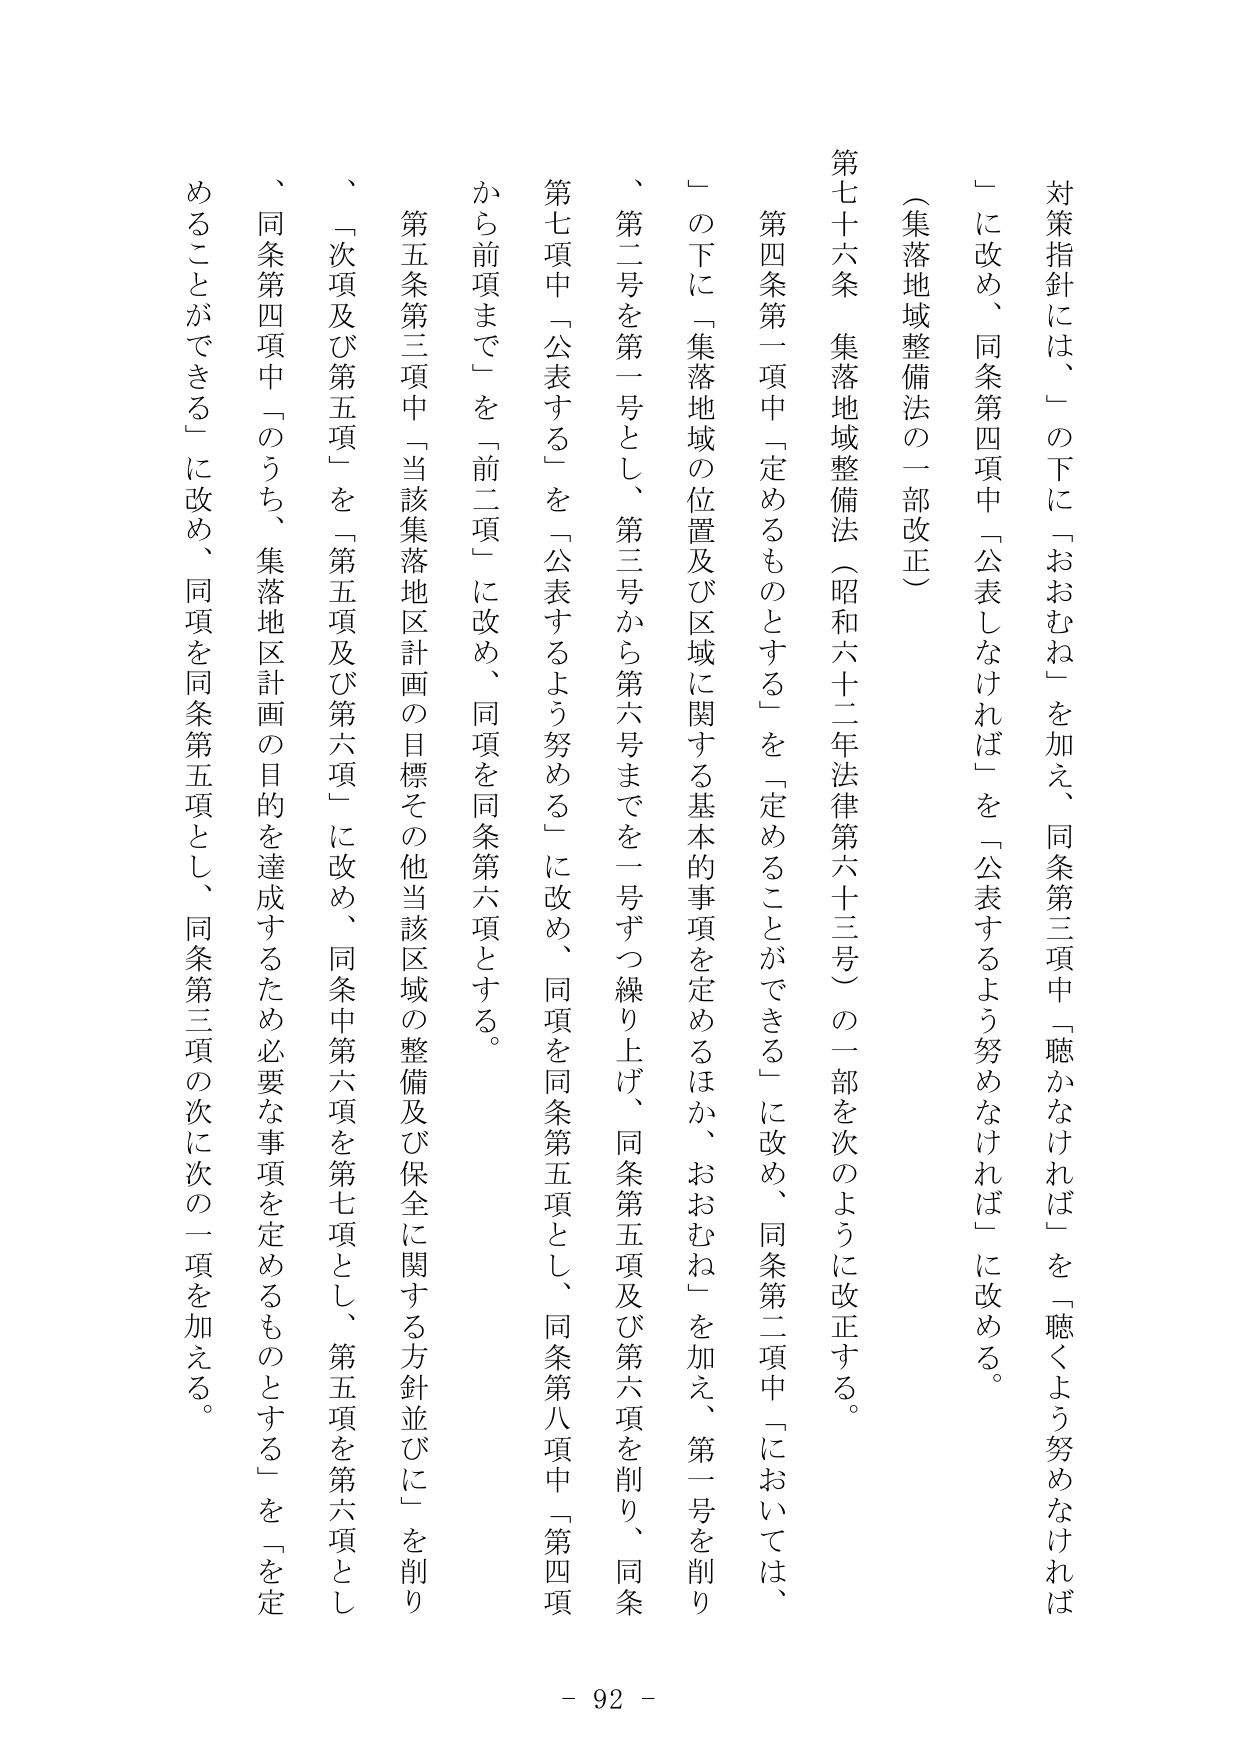
対策指針には、「の下に「おおむね」を加え、同条第三項中「聴かなければ」を「聴くよう努めなければ」に改め、同条第四項中「公表しなければ」を「公表するよう努めなければ」に改める。

（集落地域整備法の一部改正）

第七十六条 集落地域整備法（昭和六十二年法律第六十三号）の一部を次のように改正する。

第四条第一項中「定めるものとする」を「定めることができる」に改め、同条第二項中「においては、」の下に「集落地域の位置及び区域に関する基本的事項を定めるほか、おおむね」を加え、第一号を削り、第二号を第一号とし、第三号から第六号までを一号ずつ繰り上げ、同条第五項及び第六項を削り、同条第七項中「公表する」を「公表するよう努める」に改め、同項を同条第五項とし、同条第八項中「第四項から前項まで」を「前二項」に改め、同項を同条第六項とする。

第五条第三項中「当該集落地区計画の目標その他当該区域の整備及び保全に関する方針並びに」を削り、「次項及び第五項」を「第五項及び第六項」に改め、同条中第六項を第七項とし、第五項を第六項とし、同条第四項中「のうち、集落地区計画の目的を達成するため必要な事項を定めるものとする」を「を定めることができる」に改め、同項を同条第五項とし、同条第三項の次に次の一項を加える。

- 92 -